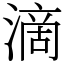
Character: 滴